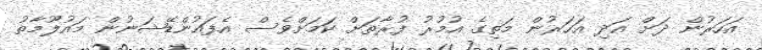
އަހަރުން ދަށް އަދި އަހަރުން މަތިގެ އުމުރު ފުރާތަށް ކަމަށްވެސް އެފައުންޑޭޝަނުން މައުލޫމާތު